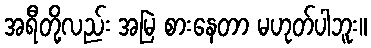
အရီတို့လည်း အမြဲ စားနေတာ မဟုတ်ပါဘူး။